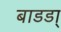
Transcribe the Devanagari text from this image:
बाडडा्